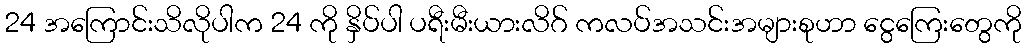
24 အကြောင်းသိလိုပါက 24 ကို နှိပ်ပါ ပရီးမီးယားလိဂ် ကလပ်အသင်းအများစုဟာ ငွေကြေးတွေကို